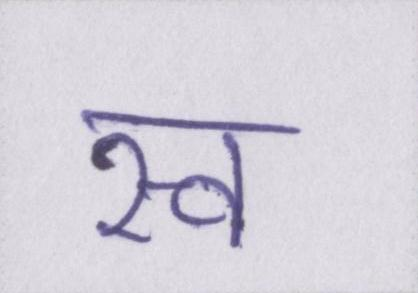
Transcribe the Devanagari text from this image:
स्व